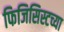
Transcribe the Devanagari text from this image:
फिजिसिस्टच्या